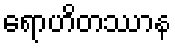
ရောဟိတဿာန